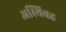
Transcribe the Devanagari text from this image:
अस्थिवह